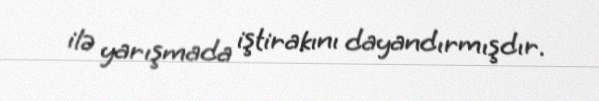
ilə yarışmada iştirakını dayandırmışdır.